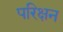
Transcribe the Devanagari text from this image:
परिक्षन